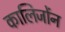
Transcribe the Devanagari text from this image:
कालिजोंन